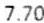
7.70